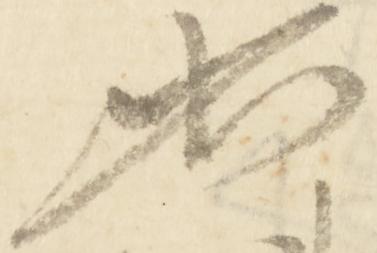
如